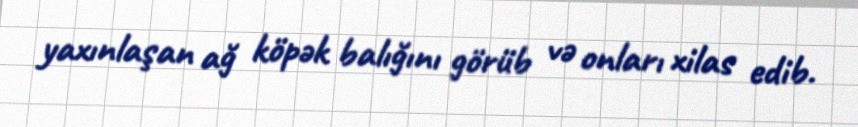
yaxınlaşan ağ köpək balığını görüb və onları xilas edib.